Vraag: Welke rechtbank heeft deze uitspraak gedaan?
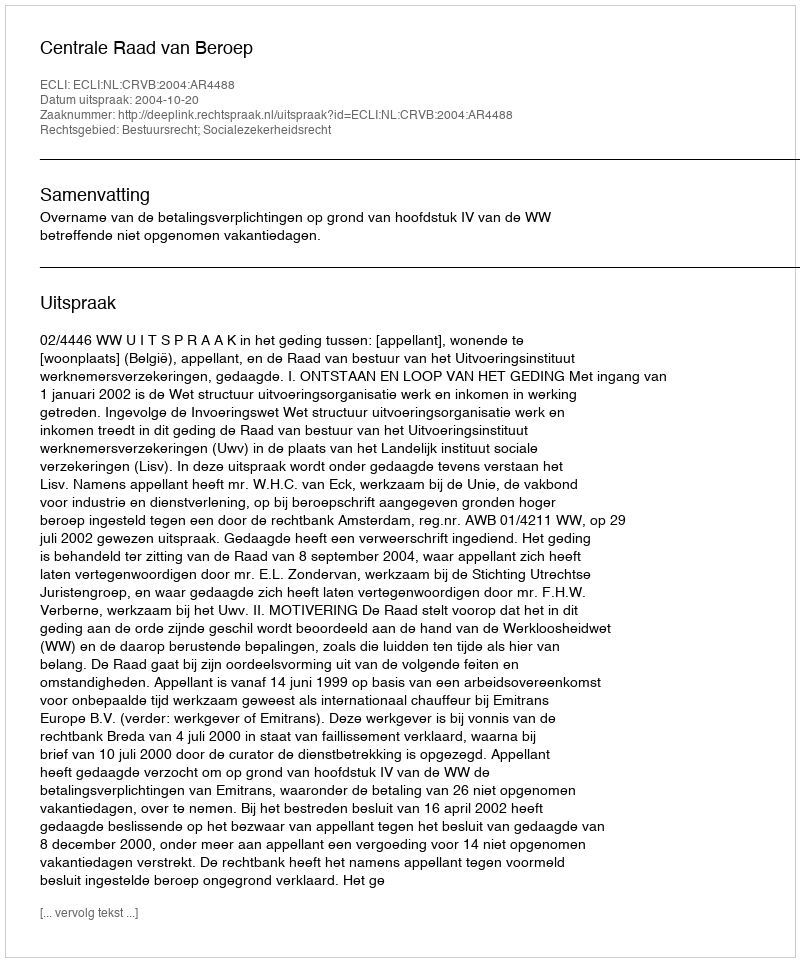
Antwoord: Centrale Raad van Beroep